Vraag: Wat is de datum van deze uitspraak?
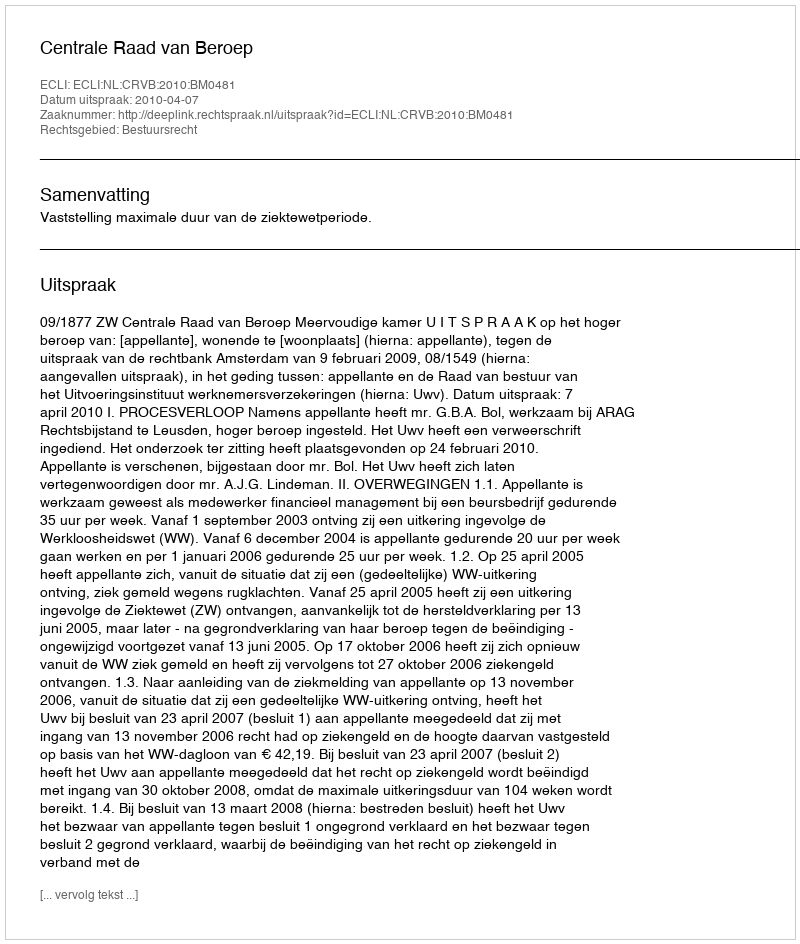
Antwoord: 2010-04-07